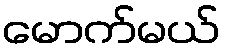
မောက်မယ်